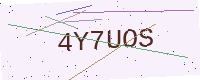
Text: 4Y7UOS